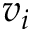
v _ { i }